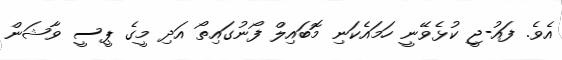
އެވެ. ފައު-ޖީ ކުޅެވޭނީ ހަމައެކަނި މޮބައިލް ފޯނުގައިތޯ އަދި މީގެ ޕީސީ ވާޝަން